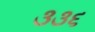
૩૩૬